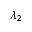
\lambda _ { 2 }